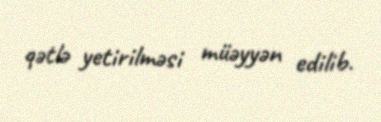
qətlə yetirilməsi müəyyən edilib.